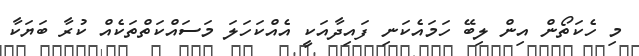
މި ހެކަތޯން އިން ލިބޭ ހަމައެކަނި ފައިދާއަކީ އެއްކަހަލަ މަސައްކަތްތަކެއް ކުރާ ބަޔަކާ